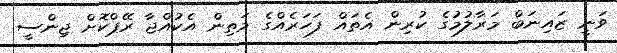
ވަނީ ޒައިނަބް މަރާލުމުގެ ކުރިން އެތައް ފަހަރެއްގެ މަތިން އެކުއްޖާ ރޭޕްކޮށް ޖިންސީ